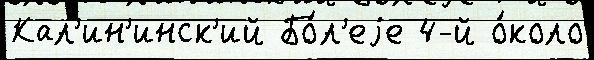
Кал'ин'инск'ий Бо́л'еjе 4-й о́коло